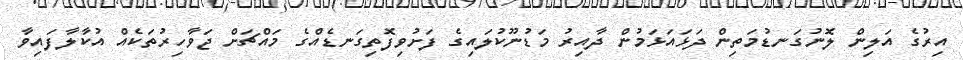
އިރުގެ އަލިން ލޮނުގަނޑުމަތިން ދަޅައަޅަމުން ދާއިރު މަޑުނޫކުލައިގެ ފަށުވިފޮތިގަނޑެއްގެ މައްޗަށް ޖަވާހިރުތަކެއް އުކާލާފައިވާ